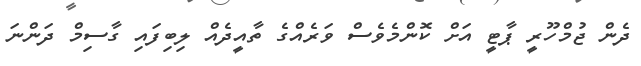
ދެން ޖުމްހޫރީ ޕާޓީ އަށް ކޮންމެވެސް ވަރެއްގެ ތާއީދެއް ލިބިފައި ގާސިމް ދަންނަ